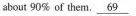
about 90% of them. \underline69